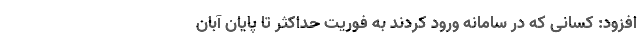
افزود: کسانی که در سامانه ورود کردند به فوریت حداکثر تا پایان آبان